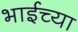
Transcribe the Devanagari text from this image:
भाईच्या